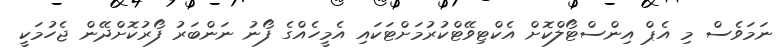
ނަމަވެސް މި އެޕް އިންސްޓޯލްކޮށް އެކްޓިވޭޓްކުރުމަށްޓަކައި އެމީހެއްގެ ފޯނު ނަންބަރު ފޯރުކޮށްދޭން ޖެހުމަކީ